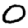
Digit: 0